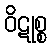
ဝိဋုစ္စ